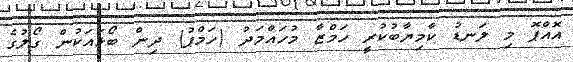
އޮއްޕޮ މި ލަނޑު ކާމިޔާބުކުރީ ހަމްޒާ މުހައްމަދު (ހަމްޕު) ދިން ބޯޅައަކުން ގޯލުގެ